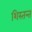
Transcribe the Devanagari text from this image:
शिस्तन्त